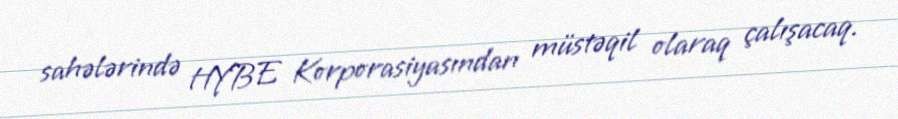
sahələrində HYBE Korporasiyasından müstəqil olaraq çalışacaq.